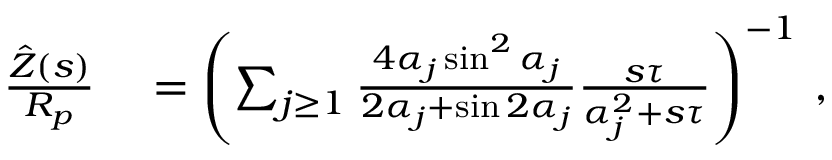
\begin{array} { r l } { \frac { \hat { Z } ( s ) } { R _ { p } } } & { { } = \left( \sum _ { j \ge 1 } \frac { 4 \alpha _ { j } \sin ^ { 2 } \alpha _ { j } } { 2 \alpha _ { j } + \sin 2 \alpha _ { j } } \frac { s \tau } { \alpha _ { j } ^ { 2 } + s \tau } \right) ^ { - 1 } \, , } \end{array}